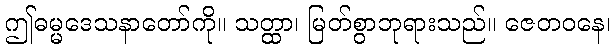
ဤဓမ္မဒေသနာတော်ကို။ သတ္ထာ၊ မြတ်စွာဘုရားသည်။ ဇေတဝနေ၊